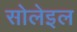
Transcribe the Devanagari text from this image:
सोलेइल